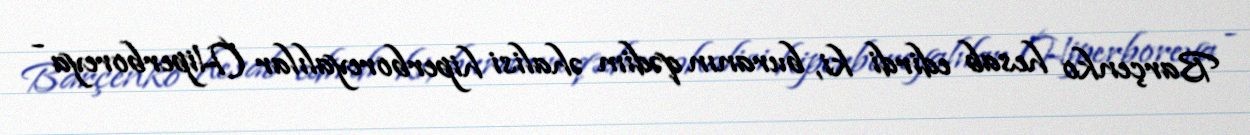
Barçenko hesab edirdi ki, buranın qədim əhalisi hiperboreyalılar (Hiperboreya -